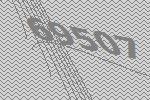
69507